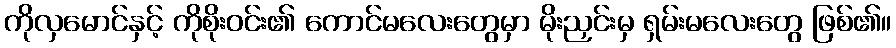
ကိုလှမောင်နှင့် ကိုစိုးဝင်း၏ ကောင်မလေးတွေမှာ မိုးညှင်းမှ ရှမ်းမလေးတွေ ဖြစ်၏။